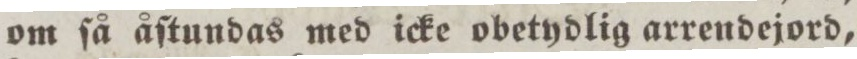
om ſå åſtundas med icke obetydlig arrendejord,